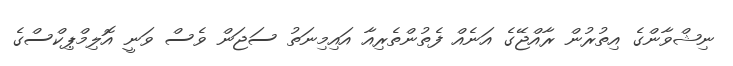
ނިޝްވާންގެ އިތުރުން ރާއްޖޭގެ އަނެއް ފެތުންތެރިއާ އައިމިނަތު ސަޖަން ވެސް ވަނީ އޮލިމްޕިކްސްގެ